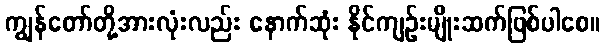
ကျွန်တော်တို့အားလုံးလည်း နောက်ဆုံး နိုင်ကျဉ်းမျိုးဆက်ဖြစ်ပါစေ။